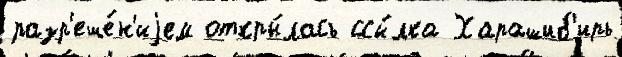
разр'еше́н'иjем откры́лась ссы́лка Харашиб'ирь